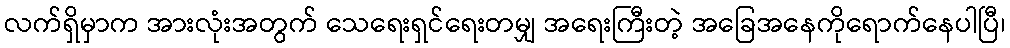
လက်ရှိမှာက အားလုံးအတွက် သေရေးရှင်ရေးတမျှ အရေးကြီးတဲ့ အခြေအနေကိုရောက်နေပါပြီ၊